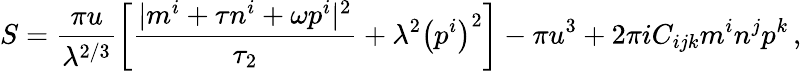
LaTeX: S=\frac{\pi u}{\lambda^{2/3}}\left[\frac{|m^{i}+\tau n^{i}+\omega p^{i}|^{2}}{\tau_{2}}+\lambda^{2}\left(p^{i}\right)^{2}\right]-\pi u^{3}+2\pi iC_{ijk}m^{i}n^{j}p^{k}\, ,